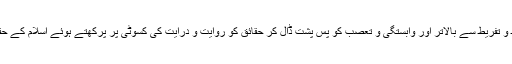
اس اعتبار سے انہوں نے اِفراط و تفریط سے بالاتر اور وابستگی و تعصب کو پسِ پشت ڈال کر حقائق کو روایت و درایت کی کسوٹی پر پرکھتے ہوئے اسلام کے حقیقی نظریے کو واضح کیا ہے۔